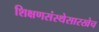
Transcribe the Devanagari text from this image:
शिक्षणसंस्थेसारखेच